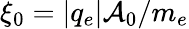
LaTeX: \xi_{0}=|q_{e}|\mathcal{A}_{0}/m_{e}